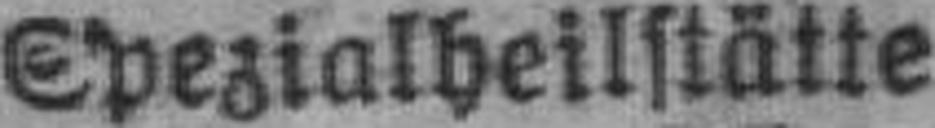
Spezialheilstätte